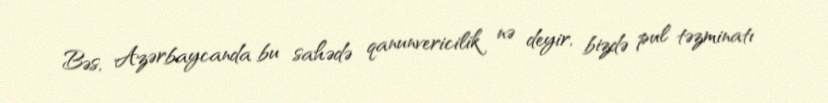
Bəs, Azərbaycanda bu sahədə qanunvericilik nə deyir, bizdə pul təzminatı